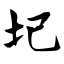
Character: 圯